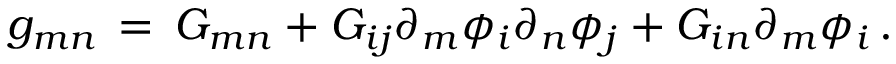
g _ { m n } \, = \, G _ { m n } + G _ { i j } \partial _ { m } \phi _ { i } \partial _ { n } \phi _ { j } + G _ { i n } \partial _ { m } \phi _ { i } \, .